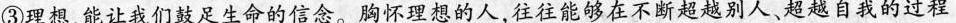
③理想，能让我们鼓足生命的信念。胸怀理想的人，往往能够在不断超越别人、超越自我的过程